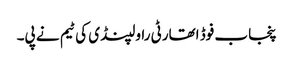
پنجاب فوڈ اتھارٹی راولپنڈی کی ٹیم نے پی۔